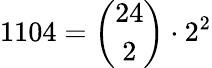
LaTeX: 1104={\binom{24}{2}}\cdot 2^{2}